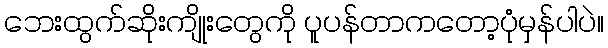
ဘေးထွက်ဆိုးကျိုးတွေကို ပူပန်တာကတော့ပုံမှန်ပါပဲ။